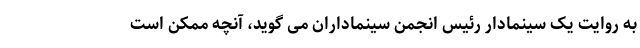
به روایت یک سینمادار رئیس انجمن سینماداران می گوید، آنچه ممکن است